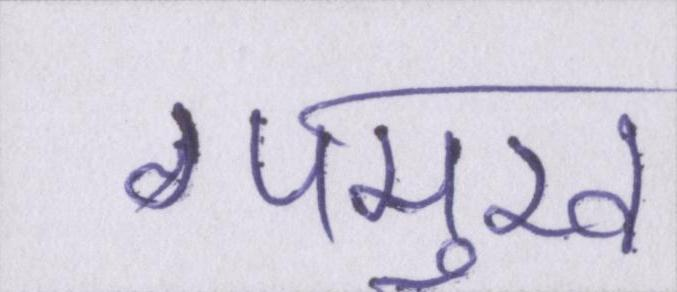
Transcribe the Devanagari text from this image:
पमुख